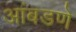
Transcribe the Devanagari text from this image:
आंबडणे